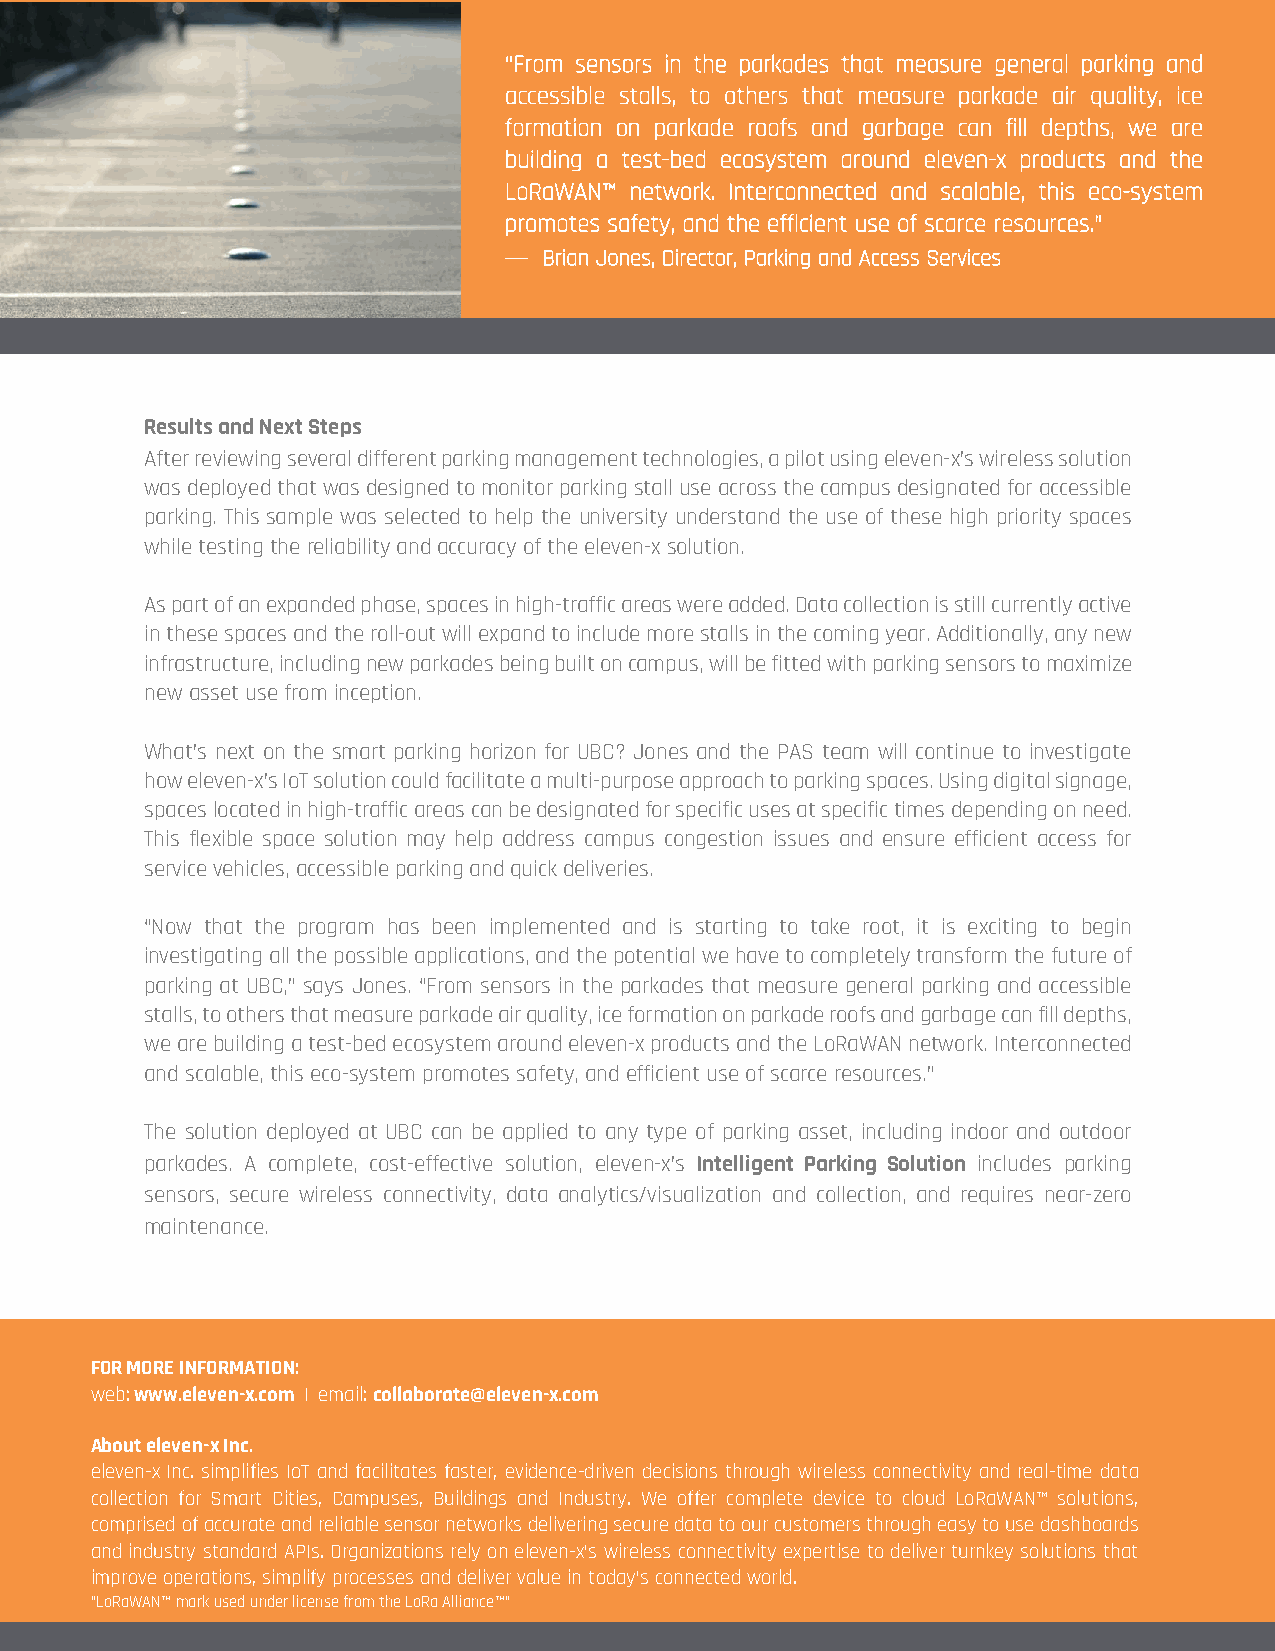
“From sensors in the parkades that measure general parking and
 accessible stalls, to others that measure parkade air quality, ice
 formation on parkade roofs and garbage can fCilal sdee Spttuhdsy, we are
 building a test-bed ecosystem around eleven-x products and the
 LoRaWAN™ network. Interconnected and scalable, this eco-system
 promotes safety, and the efficient use of scarce resources.”
 —  Brian Jones, Director, Parking and Access Services
 Results and Next Steps
 After reviewing several different pa rking management technologies, a pilot using eleven-x’s wireless solution
 was deployed that was designed to monitor parking stall use across the campus designated for accessible
 parking. This sample was selected to help the university understand the use of these high priority spaces
 while testing the reliability and accuracy of the eleven-x solution.
 As part of an expanded phase, spaces in high-traffic areas were added. Data collection is still currently active
 in these sRpeaacedsy a nfod rt hae sromll-aourtt wpiall rekxipnagn ds tool uintciloudne? m Loeret setlaellvse inn t-hxe m coamrikn gt hyeea rs. pAoddti t-i onally, any new
 infrastructure,a inncdlu dwinagt ncehw rpeaarkl-atdiems ebe pinagr bkuiniltg o nd acatmap tursa, wnsillf boer mfitt yedo wurit ha psasrekitnsg. s ensors to maximize
 new asset use from inception.
 What’s next on the smart parking horizon for UBC? Jones and the PAS team will continue to investigate
 how eleven-x’s IoT solution could facilitate a multi-purpose approach to parking spaces. Using digital signage,
 spaces located in high-traffic areas can be designated for specific uses at specific times depending on need.
 This flexible space solution may help address campus congestion issues and ensure efficient access for
 service vehicles, accessible parking and quick deliveries.
 “Now that the program has been implemented and is starting to take root, it is exciting to begin
 investigating all the possible applications, and the potential we have to completely transform the future of
 parking at UBC,” says Jones. “From sensors in the parkades that measure general parking and accessible
 stalls, to others that measure parkade air quality, ice formation on parkade roofs and garbage can fill depths,
 we are building a test-bed ecosystem around eleven-x products and the LoRaWAN network. Interconnected
 and scalable, this eco-system promotes safety, and efficient use of scarce resources.”
 The solution deployed at UBC can be applied to any type of parking asset, including indoor and outdoor
 parkades. A complete, cost-effective solution, eleven-x’s Intelligent Parking Solution includes parking
 sensors, secure wireless connectivity, data analytics/visualization and collection, and requires near-zero
 maintenance.
 FOR MORE INFORMATION:
 web: www.eleven-x.com | email: collaborate@eleven-x.com
 About eleven-x Inc.
 eleven-x Inc. simplifies IoT and facilitates faster, evidence-driven decisions through wireless connectivity and real-time data
 collection for Smart Cities, Campuses, Buildings and Industry. We offer complete device to cloud LoRaWAN™ solutions,
 comprised of accurate and reliable sensor networks delivering secure data to our customers through easy to use dashboards
 and industry standard APIs. Organizations rely on eleven-x’s wireless connectivity expertise to deliver turnkey solutions that
 improve operations, simplify processes and deliver value in today’s connected world.
 “LoRaWAN™ mark used under license from the LoRa Alliance™”